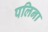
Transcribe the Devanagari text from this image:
पलिना